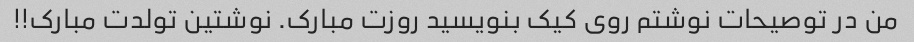
من در توصیحات نوشتم روی کیک بنویسید روزت مبارک. نوشتین تولدت مبارک!!